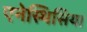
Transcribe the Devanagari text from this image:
एनेस्थिसिया